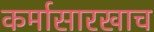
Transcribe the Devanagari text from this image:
कर्मासारखाच